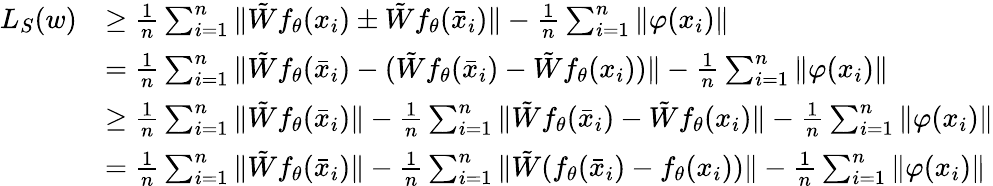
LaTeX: \begin{array}{rl}{L_{S}(w)}&{\ge\frac{1}{n}\sum_{i=1}^{n}\| {\tilde{W}}f_{\theta}(x_{i})\pm{\tilde{W}}f_{\theta}({\bar{x}}_{i})\| -\frac{1}{n}\sum_{i=1}^{n}\| \varphi(x_{i})\| }\\ &{=\frac{1}{n}\sum_{i=1}^{n}\| {\tilde{W}}f_{\theta}({\bar{x}}_{i})-({\tilde{W}}f_{\theta}({\bar{x}}_{i})-{\tilde{W}}f_{\theta}(x_{i}))\| -\frac{1}{n}\sum_{i=1}^{n}\| \varphi(x_{i})\| }\\ &{\ge\frac{1}{n}\sum_{i=1}^{n}\| {\tilde{W}}f_{\theta}({\bar{x}}_{i})\| -\frac{1}{n}\sum_{i=1}^{n}\| {\tilde{W}}f_{\theta}({\bar{x}}_{i})-{\tilde{W}}f_{\theta}(x_{i})\| -\frac{1}{n}\sum_{i=1}^{n}\| \varphi(x_{i})\| }\\ &{=\frac{1}{n}\sum_{i=1}^{n}\| {\tilde{W}}f_{\theta}({\bar{x}}_{i})\| -\frac{1}{n}\sum_{i=1}^{n}\| {\tilde{W}}(f_{\theta}({\bar{x}}_{i})-f_{\theta}(x_{i}))\| -\frac{1}{n}\sum_{i=1}^{n}\| \varphi(x_{i})\| }\end{array}